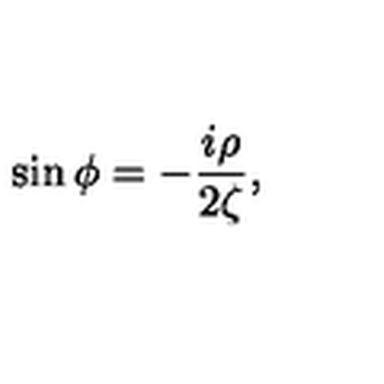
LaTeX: \sin \phi = - \frac { i \rho } { 2 \zeta } ,